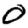
Digit: 0